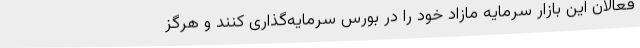
فعالان این بازار سرمایه مازاد خود را در بورس سرمایه‌گذاری کنند و هرگز